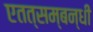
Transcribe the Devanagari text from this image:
एतत्सम्बन्धी